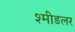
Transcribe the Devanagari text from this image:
श्मीडलर